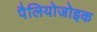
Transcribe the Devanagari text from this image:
पैलियोजोइक